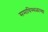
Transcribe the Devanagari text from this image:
समाधिस्थळाच्या